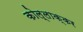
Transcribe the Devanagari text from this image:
कोल्लाक्कर